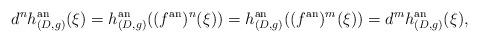
LaTeX: \begin{align*}d^n h^{\mathrm{an}}_{(D, g)}(\xi) = h^{\mathrm{an}}_{(D, g)}((f^{\mathrm{an}})^n(\xi))= h^{\mathrm{an}}_{(D, g)}((f^{\mathrm{an}})^m(\xi)) = d^m h^{\mathrm{an}}_{(D, g)}(\xi),\end{align*}